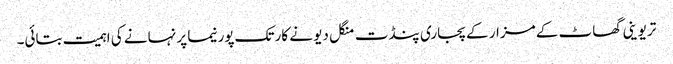
تریوینی گھاٹ کے مزار کے پجاری پنڈت منگل دیو نے کارتک پورنیما پر نہانے کی اہمیت بتائی۔